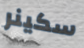
سكينر